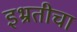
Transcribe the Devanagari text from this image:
इभ्रतीचा